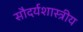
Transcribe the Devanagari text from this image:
सौदर्यशास्त्रीय